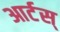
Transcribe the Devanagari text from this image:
आर्टस्‌